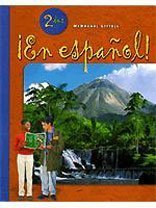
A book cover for McDougal Littell En Espanol! Level 2, Pupil Edition (?En espa?ol!) (Spanish Edition); MCDOUGAL LITTEL; Teen & Young Adult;